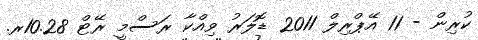
ކުރިން - 11 އޭޕްރިލް 2011 ޑޮލަރު ވިއްކާ ރަސްމީ ރޭޓް 10.28ރ.